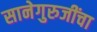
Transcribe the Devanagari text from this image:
सानेगुरुजींचा